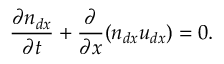
\frac { \partial n _ { d x } } { \partial t } + \frac { \partial } { \partial x } ( n _ { d x } u _ { d x } ) = 0 .